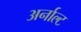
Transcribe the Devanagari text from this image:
अर्नाल्ट